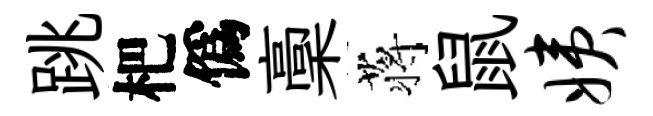
跳杷僞稾蒋鼠姨